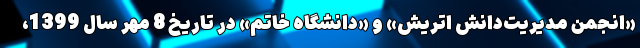
«انجمن مدیریت‌دانش اتریش» و «دانشگاه خاتم» در تاریخ 8 مهر سال 1399،